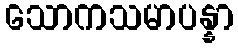
သောကသမာပန္နာ